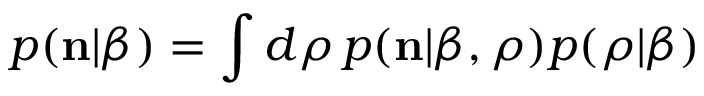
p ( { \bf n } | \beta ) = \int d \boldsymbol { \rho } \, p ( { \bf n } | \beta , \boldsymbol { \rho } ) p ( \boldsymbol { \rho } | \beta )